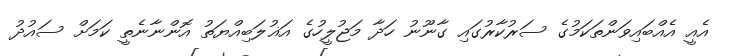
އެއީ އެއްބައިވަންތަކަމުގެ ސަރުކާރުގައި ގާނޫނު ހަދާ މަޖުލީހުގެ އަޣުލަބިއްޔަތު އޮންނާނެތީ ކަމަށް ސައުދު